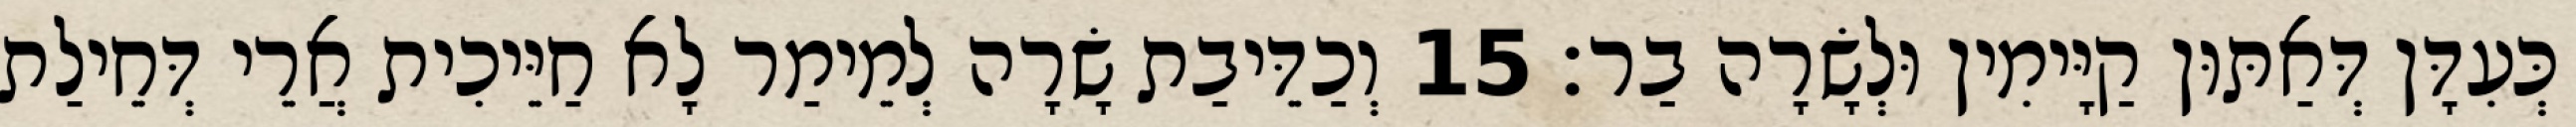
כְּעִדָּן דְּאַתּוּן קַיָּימִין וּלְשָׂרָה בַר׃ 15 וְכַדֵּיבַת שָׂרָה לְמֵימַר לָא חַיֵּיכִית אֲרֵי דְּחֵילַת